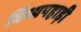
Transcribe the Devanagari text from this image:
विंध्यपहाड़ी